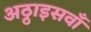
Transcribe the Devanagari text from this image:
अठ्ठाइसवाँ